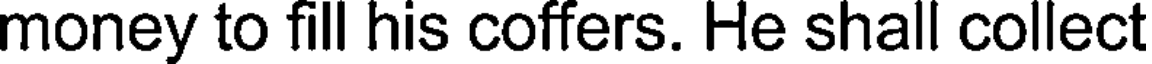
money to fill his coffers. He shall collect